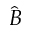
\widehat { B }